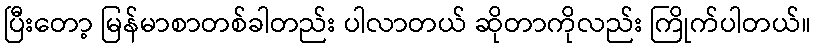
ပြီးတော့ မြန်မာစာတစ်ခါတည်း ပါလာတယ် ဆိုတာကိုလည်း ကြိုက်ပါတယ်။